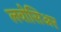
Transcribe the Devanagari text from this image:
लवोसिअर